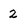
Character: 2